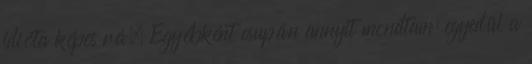
idióta képes rá. Egyébként csupán annyit mondtam: egyedül a